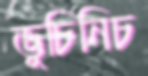
ভুচিনিচ